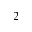
^ 2